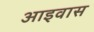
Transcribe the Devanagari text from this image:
आइवास